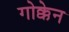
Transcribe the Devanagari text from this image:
गोक्केन